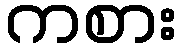
ကစား